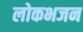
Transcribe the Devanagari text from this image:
लोकभजन